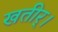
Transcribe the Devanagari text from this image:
खतीर्।